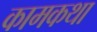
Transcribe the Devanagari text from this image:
कामकथा